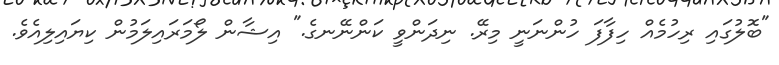
"ބޮލުގައި ރިހުމެއް ހިފާފަ ހުންނަނީ މިރޭ. ނިދަންވީ ކަންނޭނގެ." އިޝާން ލޯމަރައިލަމުން ކިޔައިލިއެވެ.